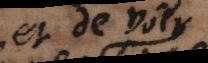
et de soit